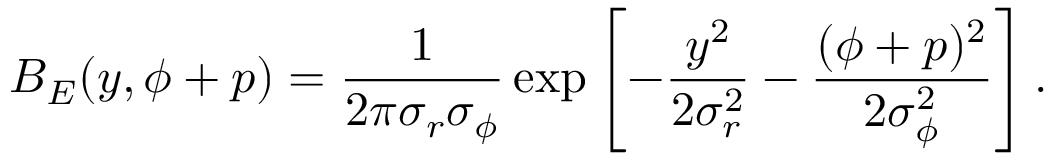
B _ { E } ( y , \phi + p ) = \frac { 1 } { 2 \pi \sigma _ { r } \sigma _ { \phi } } \exp \left[ - \frac { y ^ { 2 } } { 2 \sigma _ { r } ^ { 2 } } - \frac { ( \phi + p ) ^ { 2 } } { 2 \sigma _ { \phi } ^ { 2 } } \right] .